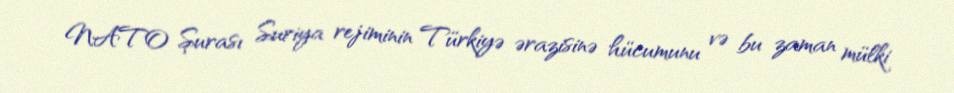
NATO Şurası Suriya rejiminin Türkiyə ərazisinə hücumunu və bu zaman mülki